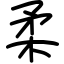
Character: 柔